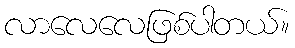
လာလေလေဖြစ်ပါတယ်။